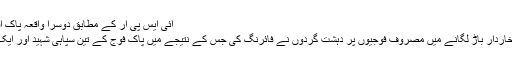
آئی ایس پی آر کے مطابق دوسرا واقعہ پاک افغان سرحد پر
پیش آیا جہاں خاردار باڑ لگانے میں مصروف فوجیوں پر دہشت گردوں نے فائرنگ کی جس کے نتیجے میں پاک فوج کے تین سپاہی شہید اور ایک زخمی ہوگیا۔